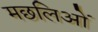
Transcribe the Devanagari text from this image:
मछलिओं